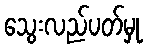
သွေးလည်ပတ်မှု